Annual report of the Civil Veterinary Department, Bengal, for the year 1897-98 - 1897-1898
Year: 1897
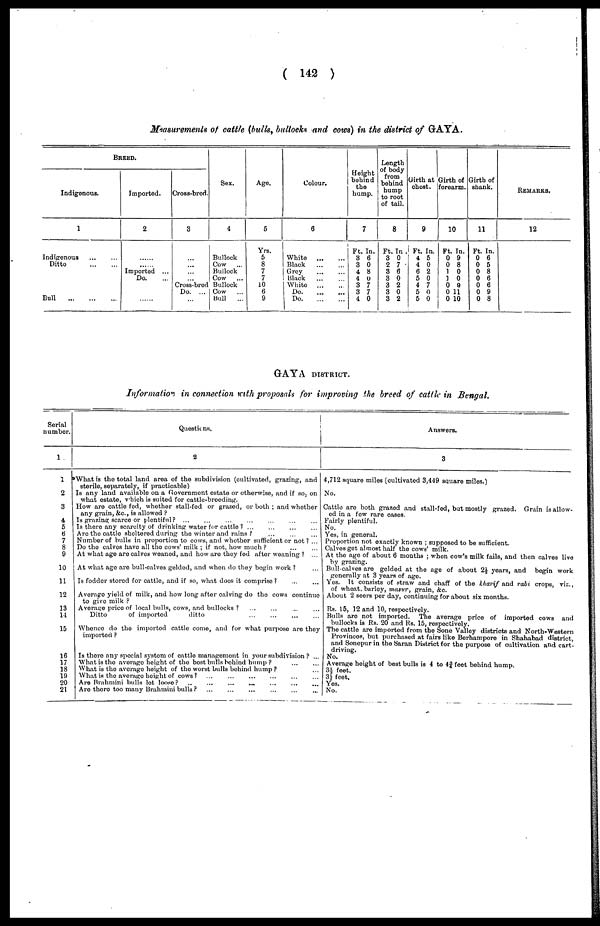
( 142 )
Measurements of cattle (bulls, buttocks and cows) in the district of GAYA.
BREED.
Indigenous.
1
Indigenous
...
...
Ditto
...
...
Bull
Imported.
2
... ...
... ....
Imported ...
Do. ...
Cross-bred.
3
...
...
...
... Cross-bred
Do. ...
Sex.
4
Bullock
Cow
Bullock
Cow
Bullock
Cow
Bull
...
Age,
5
Yrs.
5
8
7
7
10
6
9
Colour.
6
White
...
...
Black
...
...
Grey
...
...
Black
...
...
White
...
...
Do. ... ...
Do. ... ...
Height
behind
the
hump.
7
Ft. In.
3 6
3 0
4 8
4 0
3 7
3 7
4 0
Length
of body
from
behind
hump
to root
of tail.
8
Ft. In .
3 0
2 7
3 6
3 0
3 2
3 0
3 2
Girth at
chest.
9
Ft. In.
4 5
4 0
6 2
5 0
4 7
5 0
5 0
Girth of
forearm.
10
Ft. In.
0 9
0 8
1 0
1 0
0 9
0 11
0 10
Girth of
shank.
11
Ft. In.
0 6
0 5
0 8
0 6
0 6
0 9
0 8
REMARKS.
12
GAYA DISTRICT.
Information in connection with proposals for improving the breed of cattle in Bengal.
Serial
number.
1
1
2
3
4
5
6
7
8
9
10
11
12
13
11
15
16
17
18
19
20
21
Questions.
2
*What is the total land area of the subdivision (cultivated, grazing, and
sterile, separately, if practicable)
Is any land available on a Government estate or otherwise, and if so. on
what estate, which is suited for cattle-breeding.
How are cattle fed, whether stall-fed or grazed, or both ; and whether
any grain, &c., is allowed ?
Is grazing scarce or plentiful? ...
Is there any scarcity of drinking water for cattle ?
...
...
...
...
Are the cattle sheltered during the winter and rains ? ... ... ...
Number of bulls in proportion to cows, and whether sufficient or not? ...
Do the calves have all the cows' milk ; if not, how much ? ... ...
At what age are calves weaned, and how are they fed after weaning ? ...
At what age are bull-calves gelded, and when do they begin work ? ...
Is fodder stored for cattle, and if so, what does it comprise ?
...
...
Average yield of milk, and how long after calving do the cows continue
to give milk ?
Average price of local bulls, cows, and bullocks ? ... ... ... ...
Ditto
of imported
ditto
Whence do the imported cattle come, and for what purpose are they
imported ?
Is there any special system of cattle management in your subdivision ? ...
What is the average height of the best bulls behind hump ?
...
...
What is the average height of the worst bulls behind hump ? ...
What is the average height of cows? ... ... ... ... ... ... ... ...
Are Brahmini bulls let loose?
Are there too many Brahmini bulls ? ... ... ... ... ... ...
Answers.
3
4,712 square miles (cultivated 3,449 square miles.)
No.
Cattle are both grazed and stall-fed, but mostly grazed. Grain is allow-
ed in a few rare cases,
Fairly plentiful.
No.
Yes, in general.
Proportion not exactly known ; supposed to be sufficient.
Calves get almost half the cows' milk.
At the age of about 6 months ; when cow's milk fails, and then calves live
by grazing.
Bull-calves are gelded at the age of about 2½ years, and begin work
generally at 3 years of age.
Yes. It consists of straw and chaff of the kharif and rabi crops, viz.,
of wheat, barley, masur, grain, &c.
About 2 seers per day, continuing for about sis months.
Rs. 15, 12 and 10, respectively.
Bulls are not imported. The average price of imported cows and
bullocks is Rs. 20 and Rs. 15, respectively.
The cattle are imported from the Sone Valley districts and North-Western
Provinces, but purchased at fairs like Berhampore in Shahabad district,
and Sonepur in the Saran District for the purpose of cultivation and cart-
driving.
No.
Average height of best bulls is 4 to 4¾ feet behind hump.
3½ feet.
3½ feet.
Yes.
No.